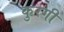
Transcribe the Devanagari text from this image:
कुरगी